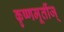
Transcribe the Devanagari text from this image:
कृष्णमूर्तीज्‌